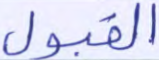
القبول